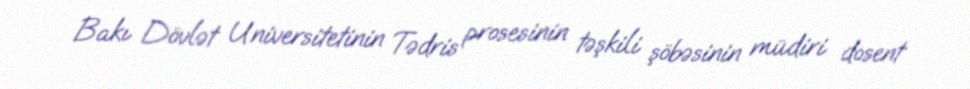
Bakı Dövlət Universitetinin Tədris prosesinin təşkili şöbəsinin müdiri dosent